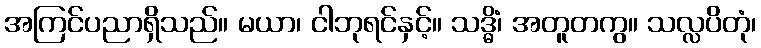
အကြင်ပညာရှိသည်။ မယာ၊ ငါဘုရင်နှင့်။ သဒ္ဓိံ၊ အတူတကွ။ သလ္လပိတုံ၊